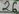
Text: 25